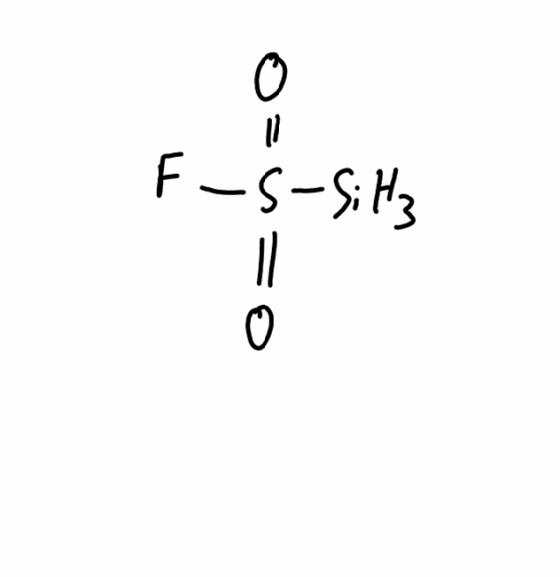
Simplified molecular-input line-entry system (SMILES) notation of the given molecule:
O=S(=O)(F)[SiH3]